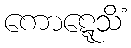
ကောဋ္ဋေသိံ